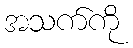
အသက်ကို